Report on the working of the Ranchi Indian Mental Hospital, Kanke, in Bihar and Orissa - 1930-1940
Year: 1930
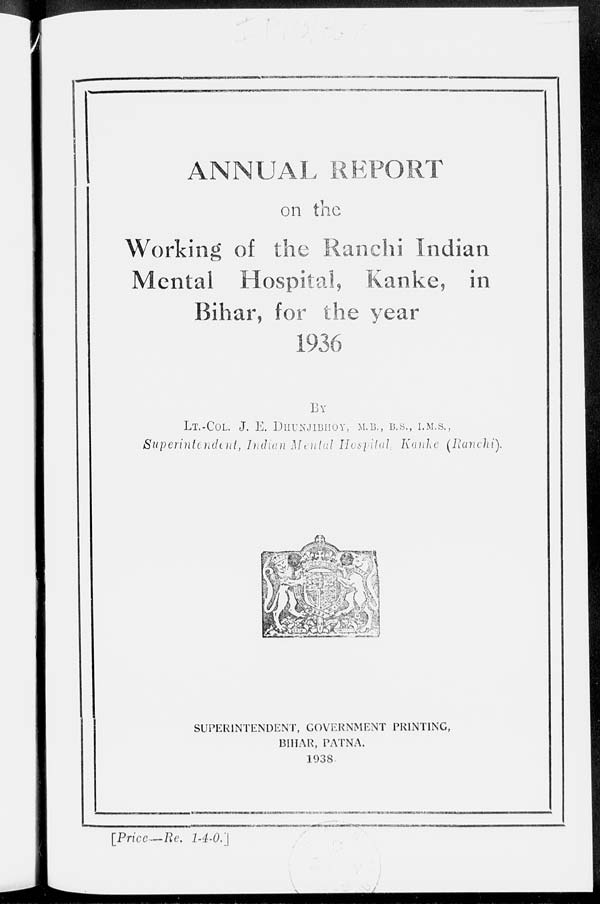
ANNUAL REPORT
on the
Working of the Ranchi Indian
Mental Hospital, Kanke, in
Bihar, for the year
1936
BY
LT.-COL. J. E. DHUNJIBHOY, M.B., B.S., I.M.S.,
Superintendent, Indian Mental Hospital, Kanke (Ranchi).
SUPERINTENDENT, GOVERNMENT PRINTING,
BIHAR, PATNA.
1938
[Price—Re. 1-4-0.]